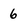
Character: 6